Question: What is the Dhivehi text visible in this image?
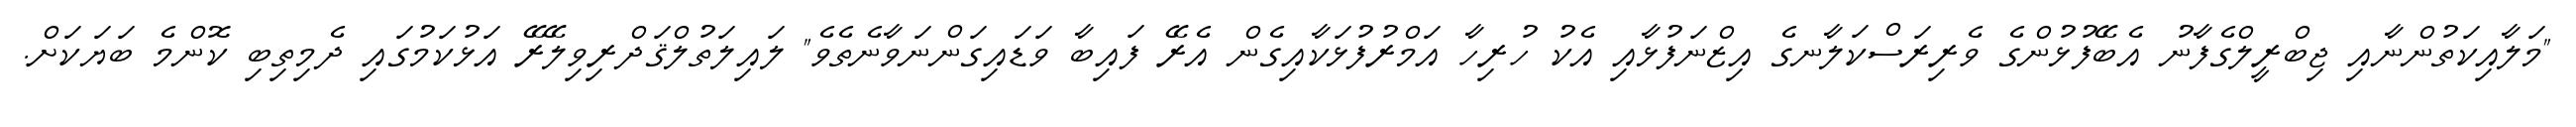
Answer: "މަލާއިކަތުންނާއި ޖިބްރީލްގެފާނު އެބޭފުޅުންގެ ވެރިރަސްކަލާނގެ އިޒްނަފުޅާއި އެކު ހުރިހާ އަމްރުފުޅަކާއިގެން އެރޭ ފައިބާ ވަޑައިގަންނަވާނެތެވެ" ލައިލަތުލްޤަދްރިވިލޭރޭ އަޅުކަމުގައި ދެމިތިބި ކޮންމެ ބަޔަކަށް.